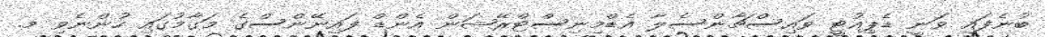
ބުނެފައި ވަނީ ޑެޕިއުޓީ ވައިސްޗާންސެލާ އެޑްމިނިސްޓްރޭޝަން އެންޑް ފައިނޭންސްގެ މަގާމުުގައި ހުންނެވި މ.